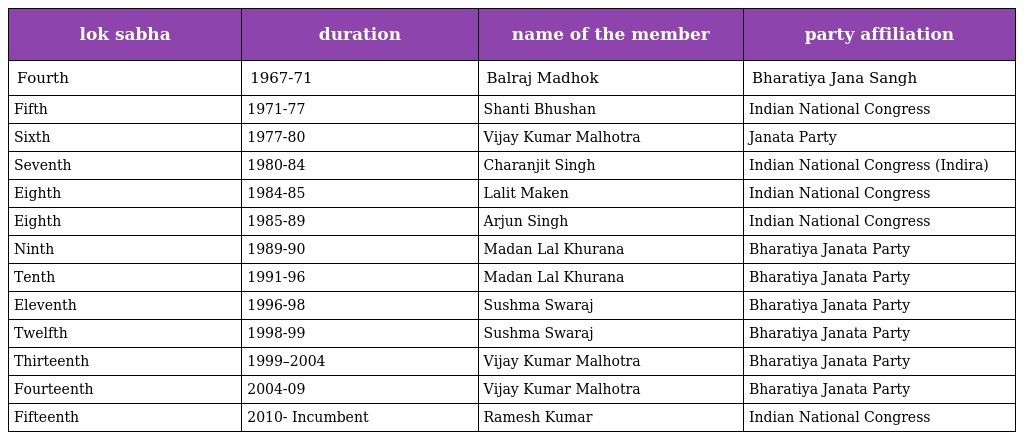
| lok sabha | duration | name of the member | party affiliation |
 | --- | --- | --- | --- |
 | Fourth | 1967-71 | Balraj Madhok | Bharatiya Jana Sangh |
 | Fifth | 1971-77 | Shanti Bhushan | Indian National Congress |
 | Sixth | 1977-80 | Vijay Kumar Malhotra | Janata Party |
 | Seventh | 1980-84 | Charanjit Singh | Indian National Congress (Indira) |
 | Eighth | 1984-85 | Lalit Maken | Indian National Congress |
 | Eighth | 1985-89 | Arjun Singh | Indian National Congress |
 | Ninth | 1989-90 | Madan Lal Khurana | Bharatiya Janata Party |
 | Tenth | 1991-96 | Madan Lal Khurana | Bharatiya Janata Party |
 | Eleventh | 1996-98 | Sushma Swaraj | Bharatiya Janata Party |
 | Twelfth | 1998-99 | Sushma Swaraj | Bharatiya Janata Party |
 | Thirteenth | 1999–2004 | Vijay Kumar Malhotra | Bharatiya Janata Party |
 | Fourteenth | 2004-09 | Vijay Kumar Malhotra | Bharatiya Janata Party |
 | Fifteenth | 2010- Incumbent | Ramesh Kumar | Indian National Congress |